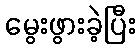
မွေးဖွားခဲ့ပြီး